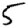
Digit: 5